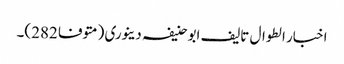
اخبار الطوال تالیف ابو حنیفہ دینوری (متوفا 282)۔